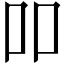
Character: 吅